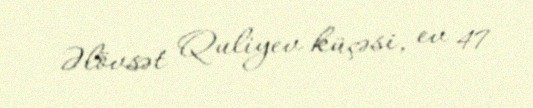
Əlövsət Quliyev küçəsi, ev 47